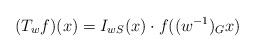
LaTeX: \begin{align*}(T_wf)(x)=I_{wS}(x)\cdot f((w^{-1})_Gx)\end{align*}